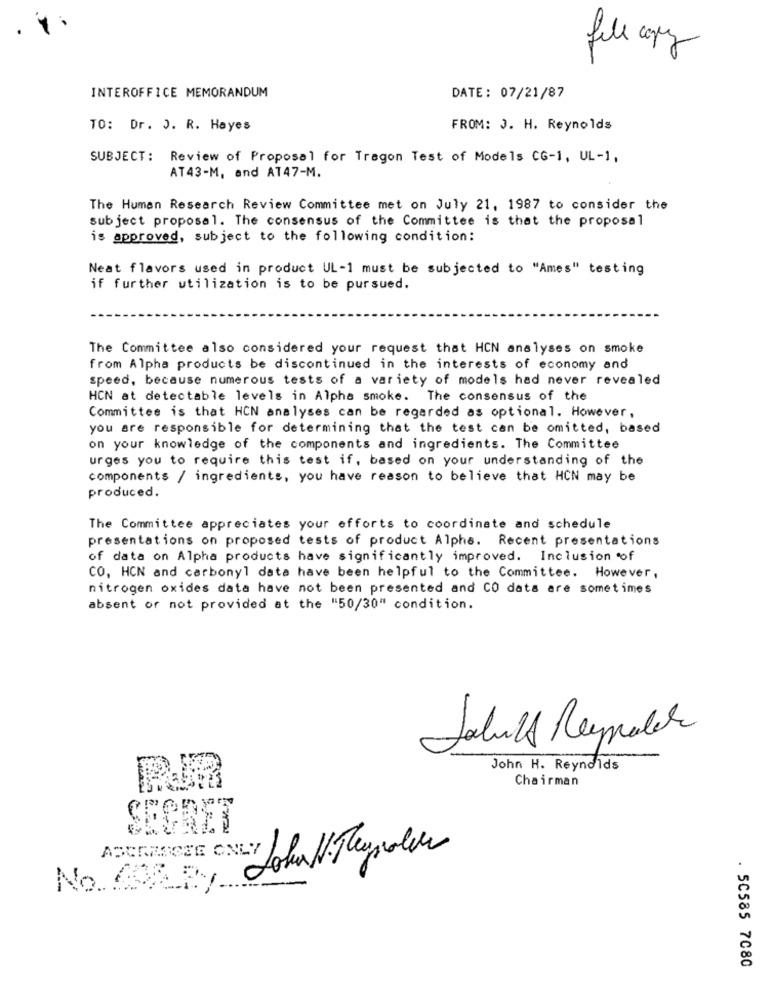
fele capez
INTEROFFICE MEMORANDUM
DATE: 07/21/87
TO: Dr. J. R. Hayes
FROM: 3. H. Reynolds
SUBJECT :
Review of Proposal for Tragon Test of Models CG-1, UL-1,
AT43-M, and AT47-M.
The Human Research Review Committee met on July 21, 1987 to consider the
subject proposal. The consensus of the Committee is that the proposal
is approved, subject to the following condition:
Neat flavors used in product UL-1 must be subjected to "Ames" testing
if further utilization is to be pursued.
The Committee also considered your request that HCN analyses on smoke
from Alpha products be discontinued in the interests of economy and
speed, because numerous tests of a variety of models had never revealed
HCN at detectable levels in Alpha smoke. The consensus of the
Committee is that HCN analyses can be regarded as optional. However,
you are responsible for determining that the test can be omitted, based
on your knowledge of the components and ingredients. The Committee
urges you to require this test if, based on your understanding of the
components / ingredients, you have reason to believe that HCN may be
produced.
The Committee appreciates your efforts to coordinate and schedule
presentations on proposed tests of product Alpha. Recent presentations
of data on Alpha products have significantly improved. Inclusion of
CO, HCN and carbonyl data have been helpful to the Committee. However,
nitrogen oxides data have not been presented and CO data are sometimes
absent or not provided at the "50/30" condition.
John H. Reynolds
Chairman
Lokal. Theypolice
ACCRESCEE ONLY 0
No CO2 By
. 50585 7080